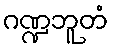
ဂဏ္ဍဘူတံ